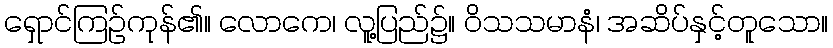
ရှောင်ကြဉ်ကုန်၏။ လောကေ၊ လူ့ပြည်၌။ ဝိသသမာနံ၊ အဆိပ်နှင့်တူသော။